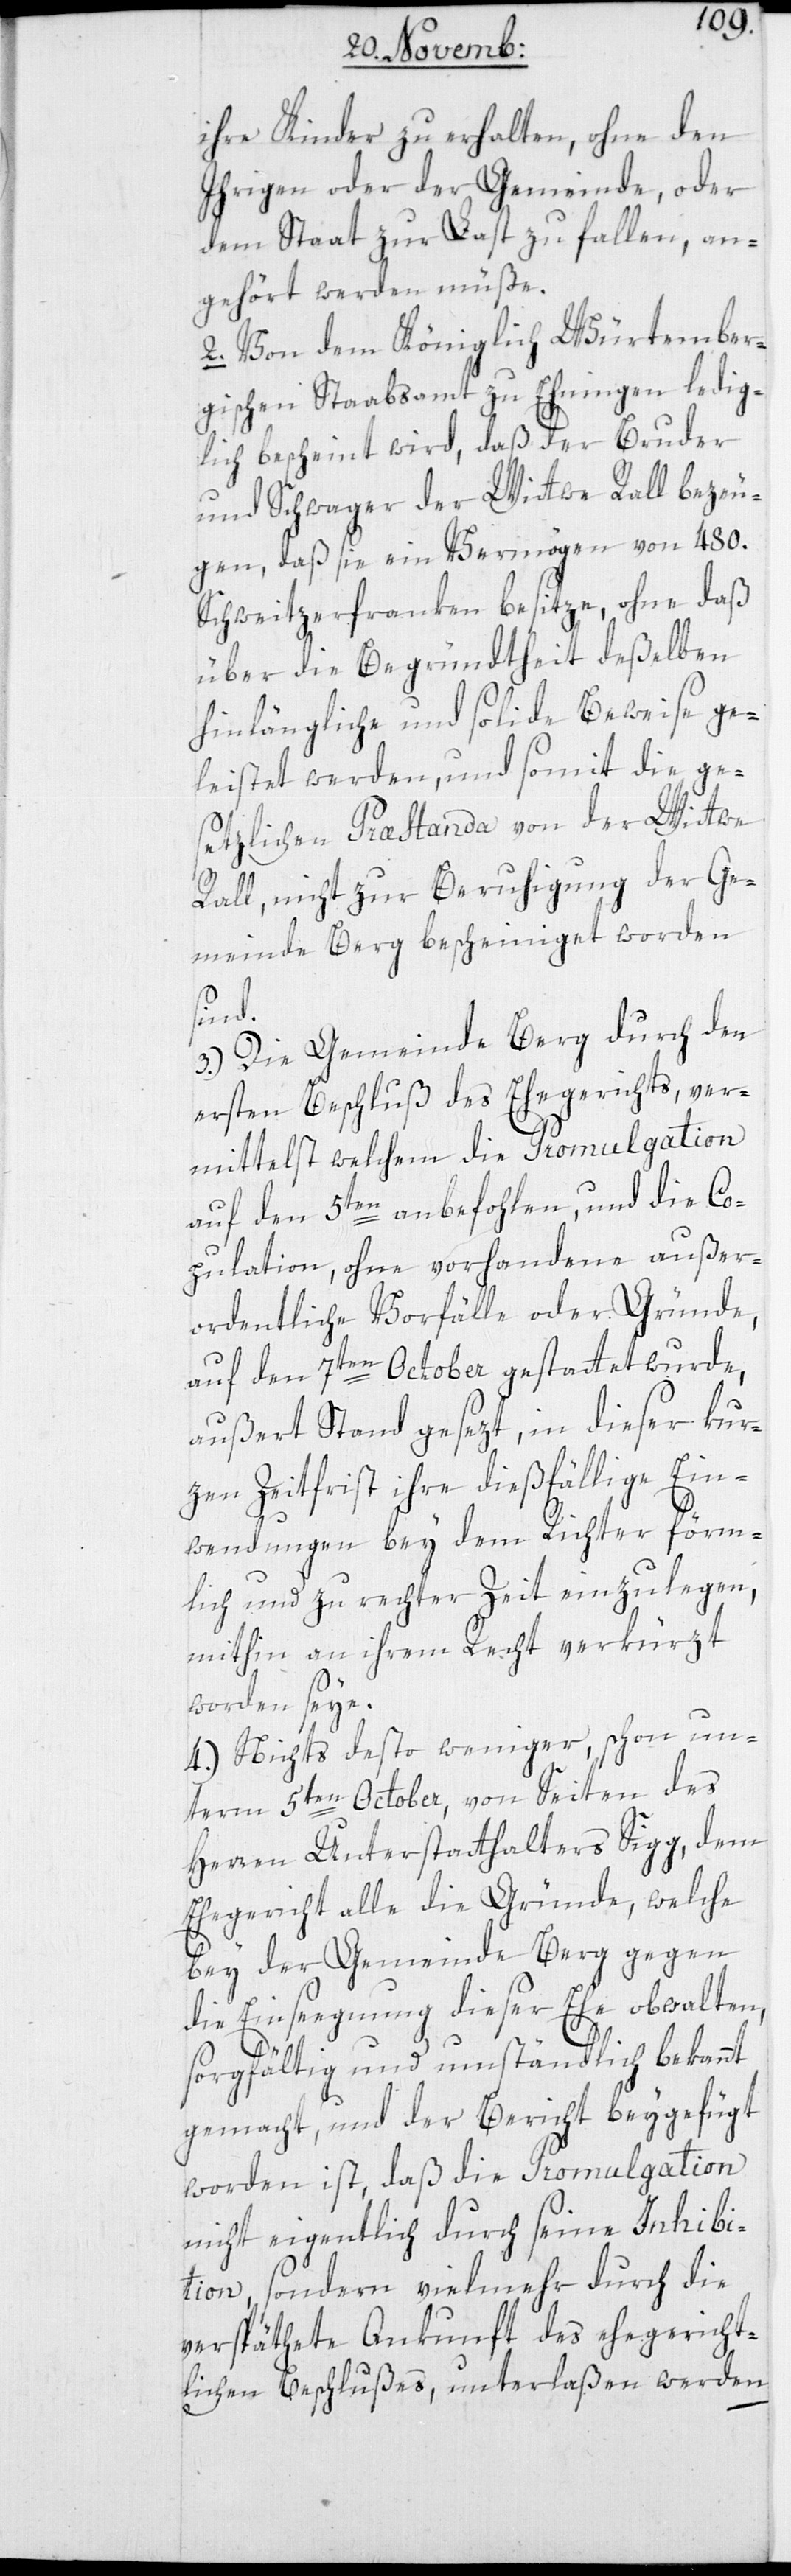
ihre Kinder zu erhalten, ohne den
Ihrigen oder der Gemeinde, oder
dem Staat zur Last zu fallen, an¬
gehört werden müße.
2. Von den Königlich Würtember¬
gischen Stabsamt zu Ehningen ledig¬
lich bescheint wird, daß der Bruder
und Schwager der Wittwe Rall bezeu¬
gen, daß sie ein Vermögen von 480.
Schweitzerfranken besitze, ohne daß
über die Begründtheit deßelben
hinlängliche und solide Beweise ge¬
leistet werden, und somit die ge¬
setzlichen Præstanda von der Wittwe
Rall, nicht zur Beruhigung der Ge¬
meinde Berg bescheiniget worden
sind.
3.) Die Gemeinde Berg durch den
ersten Beschluß des Ehegerichts, ver¬
mittelst welchem die Promulgation
auf den 5ten anbefohlen, und die Co¬
pulation, ohne vorhandene außer¬
ordentliche Vorfälle oder Gründe,
auf den 7ten October gestattet wurde,
außert Stand gesezt, in dieser kur¬
zen Zeitfrist ihre dießfällige Ein¬
wendungen bey dem Richter förm¬
lich und zu rechter Zeit einzulegen,
mithin an ihrem Recht verkürzt
worden seye.
4.) Nichts desto weniger, schon un¬
term 5ten October, von Seiten des
Herren Unterstatthalters Sigg, dem
Ehegericht alle die Gründe, welche
bey der Gemeinde Berg gegen
die Einsegnung dieser Ehe obwalten,
sorgfältig und umständlich bekannt
gemacht, und der Bericht beygefügt
worden ist, daß die Promulgation
nicht eigentlich durch seine Inhibi¬
tion, sondern vielmehr durch die
verspäthete Ankunft des ehegericht¬
lichen Beschlußes, unterlaßen werden